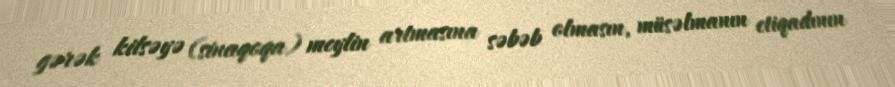
gərək kilsəyə (sinaqoqa) meylin artmasına səbəb olmasın, müsəlmanın etiqadının